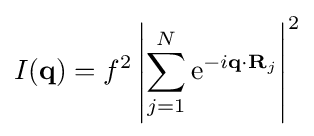
I(\mathbf {q} )=f^{2}\left|\sum _{j=1}^{N}\mathrm {e} ^{-i\mathbf {q} \cdot \mathbf {R} _{j}}\right|^{2}